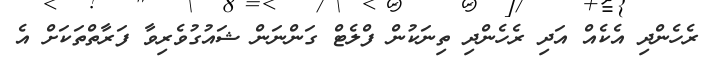
ރެހެންދި އެކެއް އަދި ރެހެންދި ތިނަކުން ފްލެޓް ގަންނަން ޝައުގުވެރިވާ ފަރާތްތަކަށް އެ